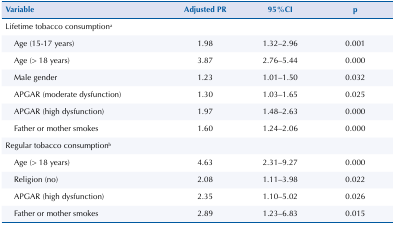
<table><thead><tr><td><b>Variable</b></td><td><b>Adjusted PR</b></td><td><b>95%CI</b></td><td><b>p</b></td></tr></thead><tbody><tr><td>Lifetime tobacco consumption<sup>a</sup></td><td> </td><td> </td><td> </td></tr><tr><td>Age (15-17 years)</td><td>1.98</td><td>1.32–2.96</td><td>0.001</td></tr><tr><td>Age (&gt; 18 years)</td><td>3.87</td><td>2.76–5.44</td><td>0.000</td></tr><tr><td>Male gender</td><td>1.23</td><td>1.01–1.50</td><td>0.032</td></tr><tr><td>APGAR (moderate dysfunction)</td><td>1.30</td><td>1.03–1.65</td><td>0.025</td></tr><tr><td>APGAR (high dysfunction)</td><td>1.97</td><td>1.48–2.63</td><td>0.000</td></tr><tr><td>Father or mother smokes</td><td>1.60</td><td>1.24–2.06</td><td>0.000</td></tr><tr><td>Regular tobacco consumption<sup>b</sup></td><td> </td><td> </td><td> </td></tr><tr><td>Age (&gt; 18 years)</td><td>4.63</td><td>2.31–9.27</td><td>0.000</td></tr><tr><td>Religion (no)</td><td>2.08</td><td>1.11–3.98</td><td>0.022</td></tr><tr><td>APGAR (high dysfunction)</td><td>2.35</td><td>1.10–5.02</td><td>0.026</td></tr><tr><td>Father or mother smokes</td><td>2.89</td><td>1.23–6.83</td><td>0.015</td></tr></tbody></table>